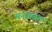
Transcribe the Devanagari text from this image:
मनसबल